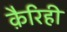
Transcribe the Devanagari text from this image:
क़ैरिही